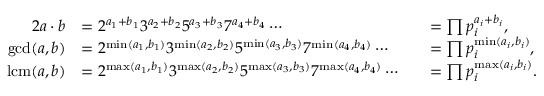
{ \begin{array} { r l r l } { { 2 } a \cdot b } & { = 2 ^ { a _ { 1 } + b _ { 1 } } 3 ^ { a _ { 2 } + b _ { 2 } } 5 ^ { a _ { 3 } + b _ { 3 } } 7 ^ { a _ { 4 } + b _ { 4 } } \cdots } & & { = \prod p _ { i } ^ { a _ { i } + b _ { i } } , } \\ { \operatorname* { g c d } ( a , b ) } & { = 2 ^ { \operatorname* { m i n } ( a _ { 1 } , b _ { 1 } ) } 3 ^ { \operatorname* { m i n } ( a _ { 2 } , b _ { 2 } ) } 5 ^ { \operatorname* { m i n } ( a _ { 3 } , b _ { 3 } ) } 7 ^ { \operatorname* { m i n } ( a _ { 4 } , b _ { 4 } ) } \cdots } & & { = \prod p _ { i } ^ { \operatorname* { m i n } ( a _ { i } , b _ { i } ) } , } \\ { \operatorname { l c m } ( a , b ) } & { = 2 ^ { \operatorname* { m a x } ( a _ { 1 } , b _ { 1 } ) } 3 ^ { \operatorname* { m a x } ( a _ { 2 } , b _ { 2 } ) } 5 ^ { \operatorname* { m a x } ( a _ { 3 } , b _ { 3 } ) } 7 ^ { \operatorname* { m a x } ( a _ { 4 } , b _ { 4 } ) } \cdots } & & { = \prod p _ { i } ^ { \operatorname* { m a x } ( a _ { i } , b _ { i } ) } . } \end{array} }